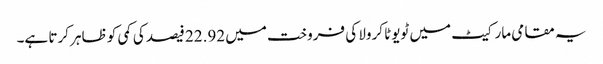
یہ مقامی مارکیٹ میں ٹویوٹا کرولا کی فروخت میں 22.92 فیصد کی کمی کو ظاہر کرتا ہے۔